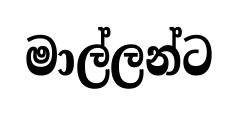
මාල්ලන්ට